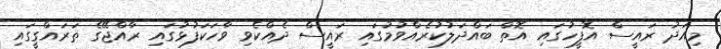
މިއަދު ރައީސް އޮފީހުގައި އޮތް ބައްދަލުކުރެއްވުމުގައި ރައީސް ދެއްކެވި ވާހަކަފުޅުގައި ރާއްޖޭގެ ތަރައްގީގައި